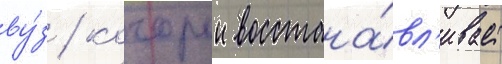
ву́з / которыи восстана́вл'ивает